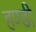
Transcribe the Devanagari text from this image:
हण्डी